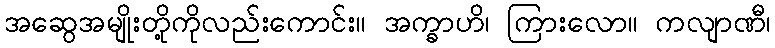
အဆွေအမျိုးတို့ကိုလည်းကောင်း။ အက္ခာဟိ၊ ကြားလော။ ကလျာဏီ၊